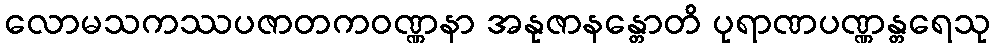
လောမသကဿပဇာတကဝဏ္ဏနာ အနုဇာနန္တောတိ ပုရာဏပဏ္ဏန္တရေသု